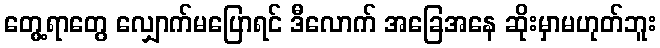
တွေ့ရာတွေ လျှောက်မပြောရင် ဒီလောက် အခြေအနေ ဆိုးမှာမဟုတ်ဘူး